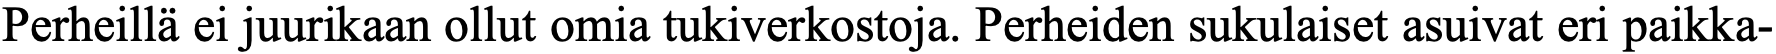
Perheillä ei juurikaan ollut omia tukiverkostoja. Perheiden sukulaiset asuivat eri paikka-